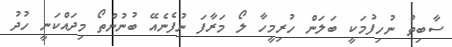
ސާބިތު ނުހިފުމަކީ ބަލަން ހުރިމީހާ ލޯ މަރާފަ ނުފެނެއޭ ބުނުންތޯ މިދައްކަނީ ހުދު